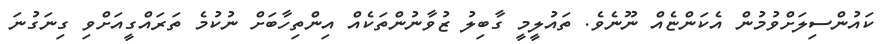
ކައުންސިލަށްވުމުން އެކަންޏެއް ނޫނެވެ. ތައުލީމީ ގާބިލު ޒުވާނުންތަކެއް އިންތިހާބަށް ނުކުމެ ތަރައްގީއަށްވި ގިނަގުނަ